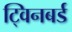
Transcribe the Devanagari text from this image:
ट्विनबर्ड